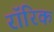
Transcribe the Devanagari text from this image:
रॉरिक